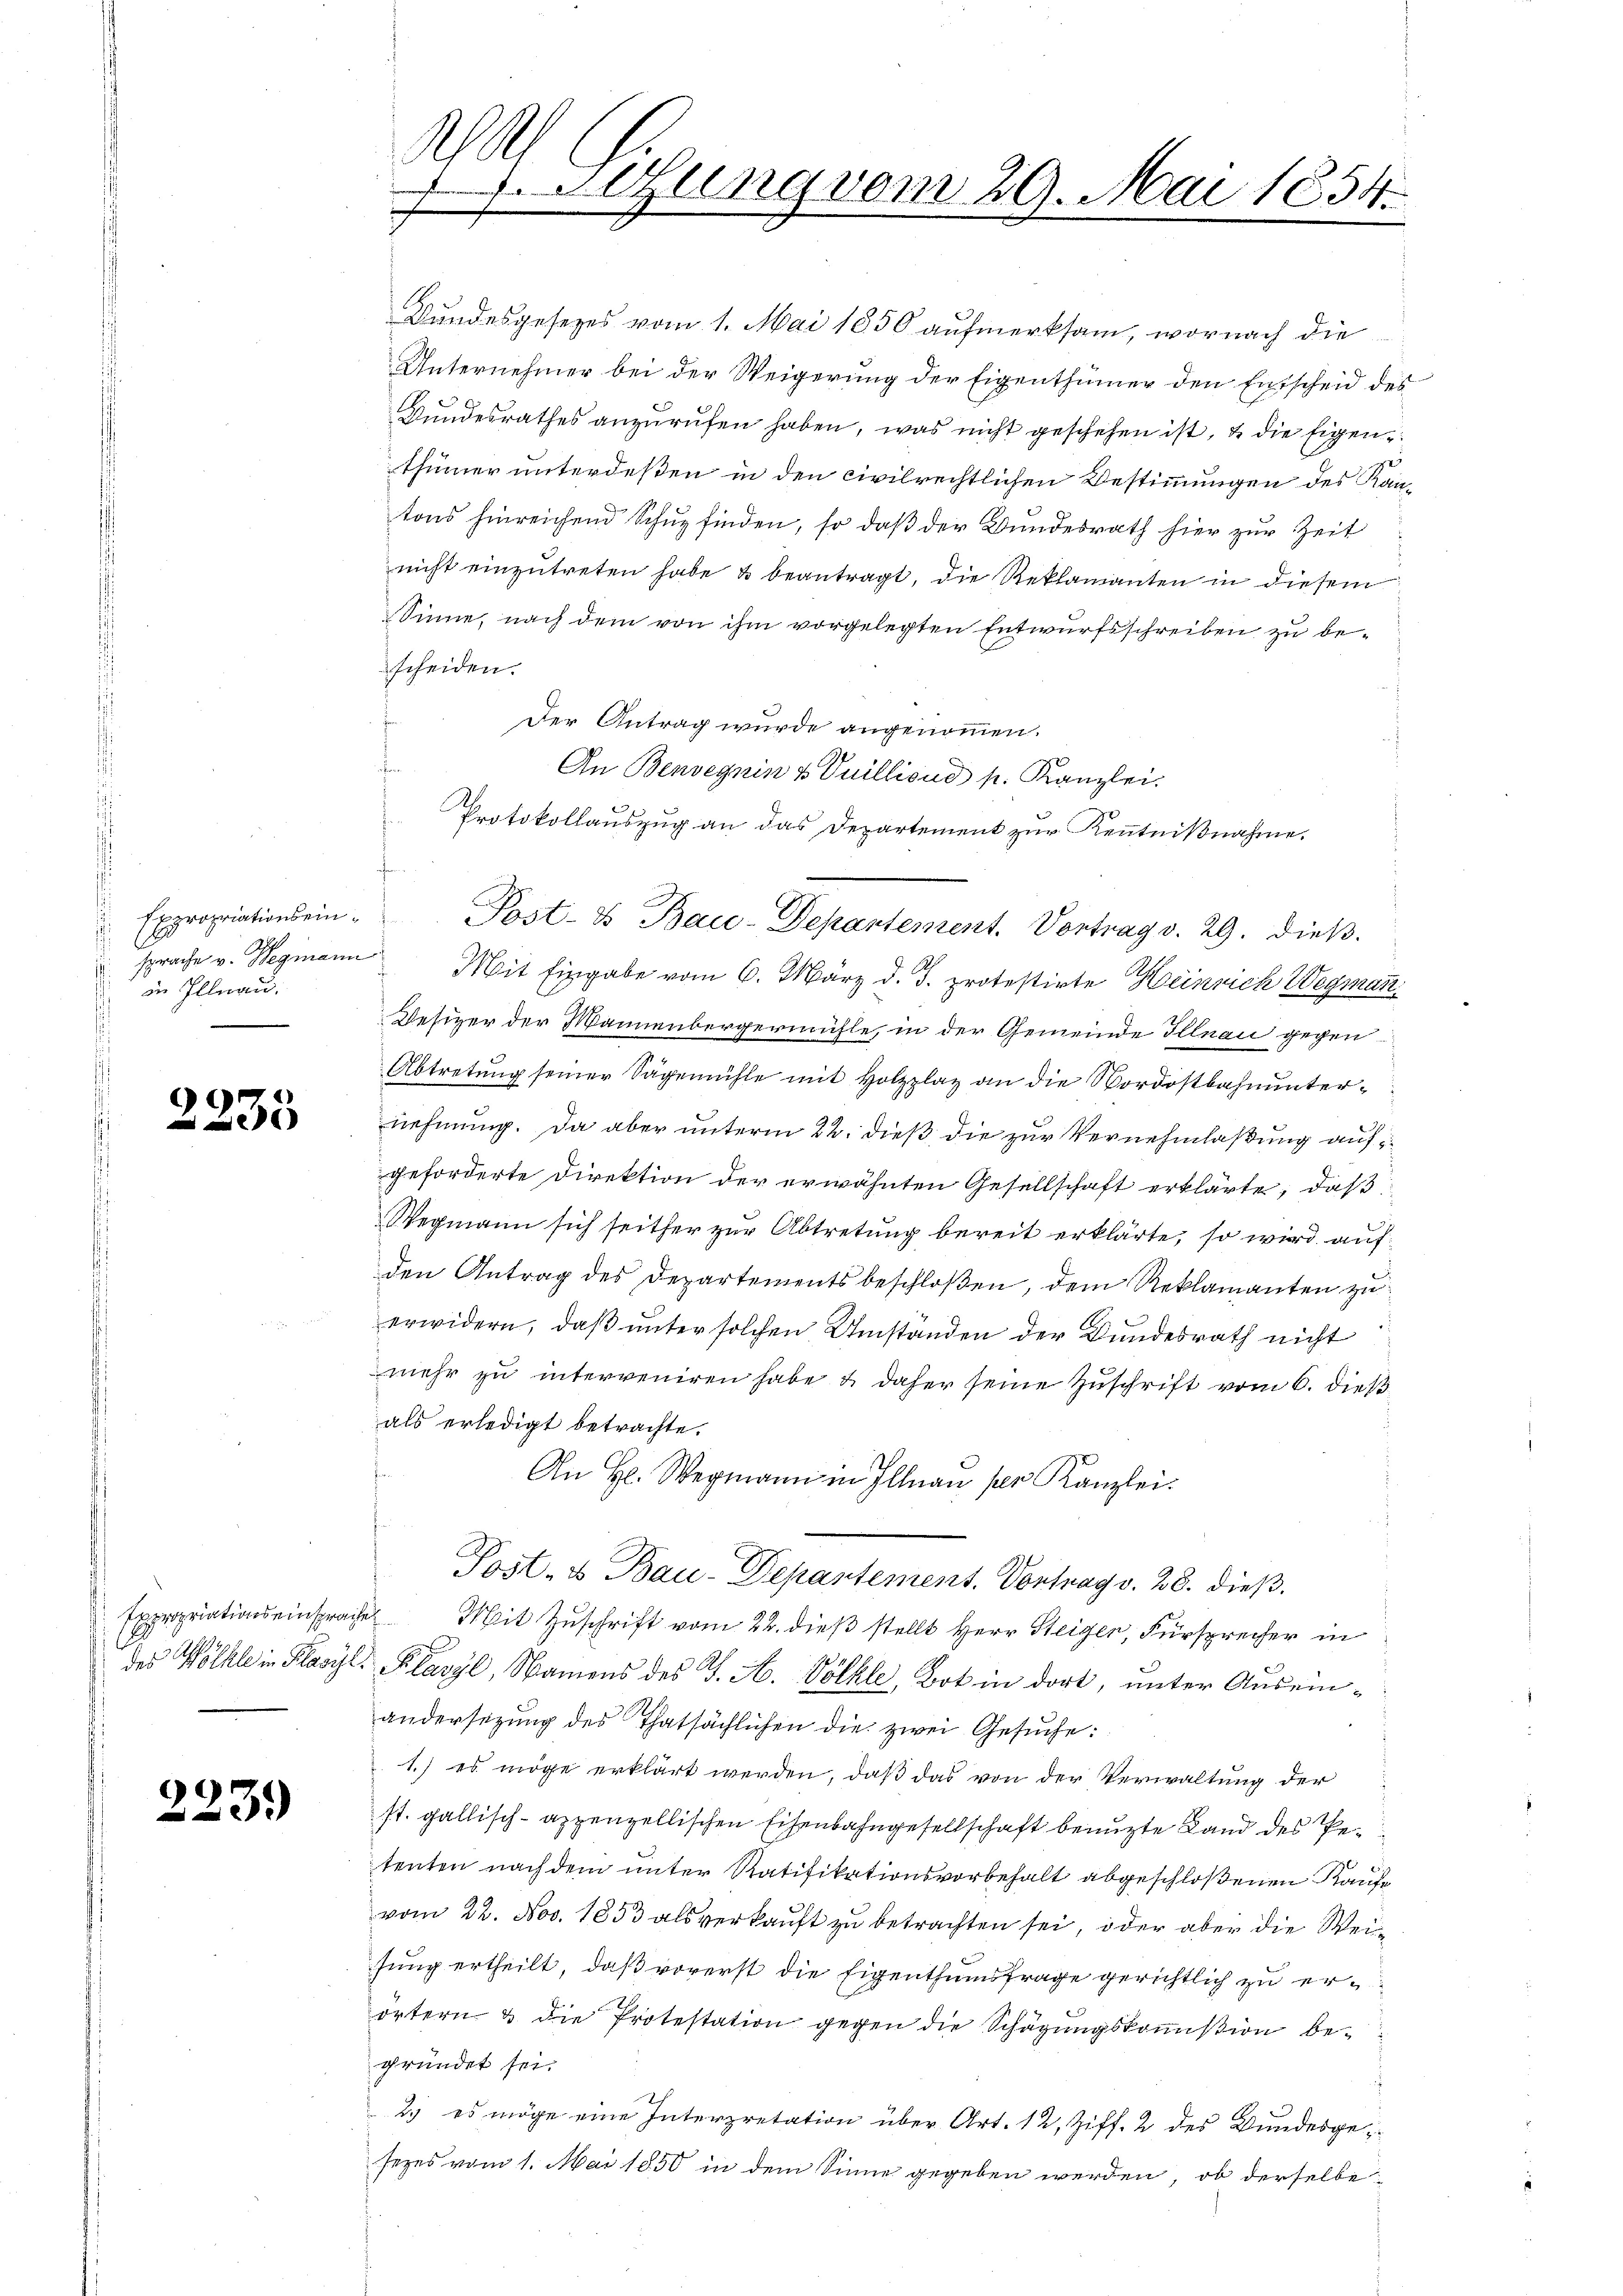
Expropriationseinin Illnau.

2235

2239

Bundesgesetzes vom 1. Mai 1856 aufmerksam, wornach die
Unternehmer bei der Weigerung der Eigenthümer den Entscheid des
Bundesrathes anzurufen haben, was nicht geschehen ist, & die Eigenthümer unterdessen in den civilrechtlichen Bestimmungen des Kantons hinreichend Schuz finden, so daß der Bundesrath hier zur Zeit
nicht einzutreten habe & beantragt, die Reklamanten in diesem
Sinne, nach dem von ihm vorgelegten Entwurfsschreiben zu bescheiden.
Der Antrag wurde angenommen.
An Benvegnin & Vuilliond p. Kanzlei.
Protokollauszug an das Departement zur Kenntnißnahme.
sprache v. Wegmann Mit Eingabe vom 6. März d. J. protestirte Heinrich Wegman
Wesizer der Mannenbergermühle, in der Gemeinde Illnau gegen
Abtretung seiner Sägemühle mit Holzzlag an die Nordostbahnunternehmung. Da aber unterm 22. dieß, die zur Vernehmlaßung auf
geforderte Direktion der erwähnten Gesellschaft erklärte, daß
Wegmann sich seither zur Abtretung bereit erklärte, so wird auf
den Antrag des Departements beschloßen, dem Reklamanten zu
erwidern, daß unter solchen Umständen der Bundesrath nicht
mehr zu interveniren habe u. daher seine Zuschrift vom 6. dieß
als erledigt betrachte.
n
An H. Wegmann in Illnau pr. Kanzlei.
Post- u Bau-Departement. Vortrag v. 28. dieß.
Expropriationseinspraches Mit Zuschrift vom 22. dieß stellt Herr Steiger, Fürsprecher in
des Wölkle in Klasyl, Klavyl, Namens des J. A. Völkle, Bot in dort, unter Auseinandersetzung des Thatsächlichen die zwei Gesuche:
1.) es möge erklärt werden, daß das von der Verwaltung der
st. gallisch-appenzellischen Eisenbahngesellschaft benuzte Land des Petenten nach dem unter Ratifikationsvorbehalt abgeschloßenen Kaufe
vom 22. Nov. 1853 als verkauft zu betrachten sei, oder aber die Weisung ertheilt, daß vorerst die Eigenthumsfrage gerichtlich zu erörtern & die Protestation gegen die Schägungskommißion begründet sei.
2. es möge eine Interpretation über Art. 12, Ziff. 2 des Bundesgesezes vom 1. Mai 1850 in dem Sinne gegeben werden, ob derselbe

Wall
Sihung vom 29. Mai 1854.

Post- & Bau-Departement. Vortrag d. 29. dieß.